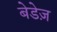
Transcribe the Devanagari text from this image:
बेडेज़